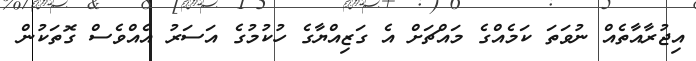
އިޖުރާއާތެއް ނުވަތަ ކަމެއްގެ މައްޗަށް އެ ގަޒިއްޔާގެ ހުކުމުގެ އަސަރު އެއްވެސް ގޮތަކުން